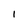
Character: 1